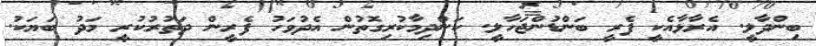
ބިންދާލީ. އެރާޅާއެކީ ފެރީ ބަންޑުންޖަހާލީ. ކަންދިމާކުރިގޮތުން އެދުވަހު ފެރީން ދަތުރުކުރީ މަދު ބަޔަކު.